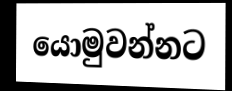
යොමුවන්නට